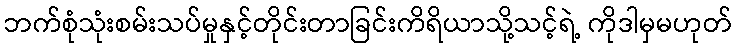
ဘက်စုံသုံးစမ်းသပ်မှုနှင့်တိုင်းတာခြင်းကိရိယာသို့သင့်ရဲ့ ကိုဒါမှမဟုတ်